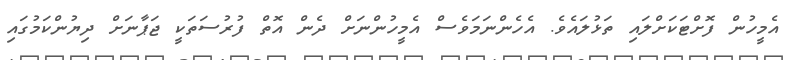
އެމީހުން ފޮށްޓަކަށްލައި ތަޅުލައެވެ. އެހެންނަމަވެސް އެމީހުންނަށް ދެން އޮތް ފުރުސަތަކީ ޖަޕާނަށް ދިޔުންކަމުގައި